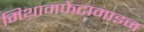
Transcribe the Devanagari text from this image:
मिथामफेटामाइन